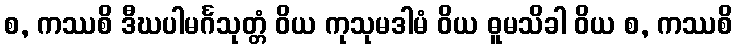
စ, ကဿစိ ဒီဃပါမင်္ဂသုတ္တံ ဝိယ ကုသုမဒါမံ ဝိယ ဓူမသိခါ ဝိယ စ, ကဿစိ